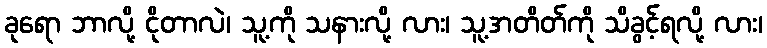
ခုရော ဘာလို့ ငိုတာလဲ၊ သူ့ကို သနားလို့ လား၊ သူ့အတိတ်ကို သိခွင့်ရလို့ လား၊